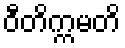
ဝီတိက္ကမတိ